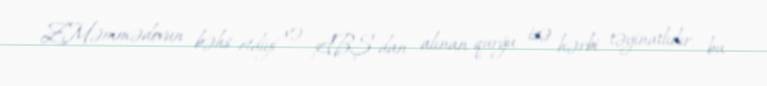
Z.Məmmədovun bəhs etdiyi və ABŞ-dan alınan qurğu isə hərbi təyinatlıdır, bu